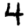
Digit: 4